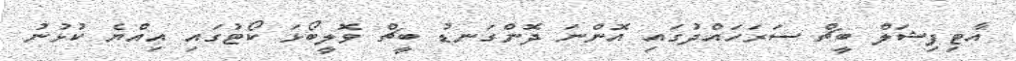
އާޓިފިޝަލް ބީޗް ސަރަހައްދުގައި އޮންނަ ދޮންގަނޑު ބީޗް ވޮލީބޯޅަ ކޯޓުގައި އިއްޔެ ކުޅުނު